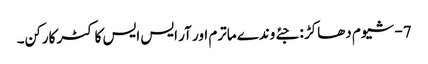
7- شیوم دھاکڑ : جئے وندے ماترم اور آر ایس ایس کا کٹر کارکن۔